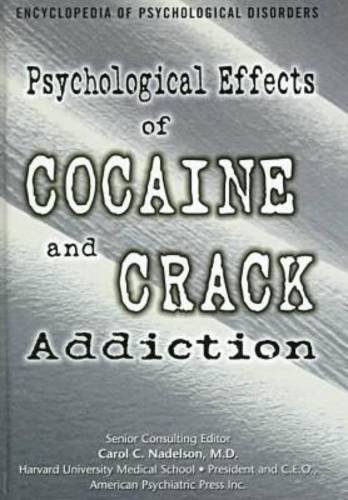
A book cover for Psy Eft O/Cocain & Crack (Psy) (Z) (Encyclopedia of Psychological Disorders); Ann Holmes; Teen & Young Adult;